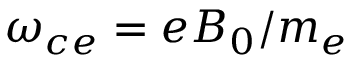
\omega _ { c e } = e B _ { 0 } / m _ { e }